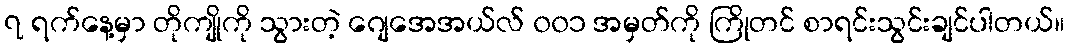
၇ ရက်နေ့မှာ တိုကျိုကို သွားတဲ့ ဂျေအေအယ်လ် ၀၀၁ အမှတ်ကို ကြိုတင် စာရင်းသွင်းချင်ပါတယ်။